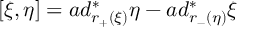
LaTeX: [ \xi , \eta ] = a d _ { r _ { + } ( \xi ) } ^ { \ast } \eta - a d _ { r _ { - } ( \eta ) } ^ { \ast } \xi